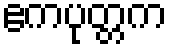
ဧကပုတ္တက